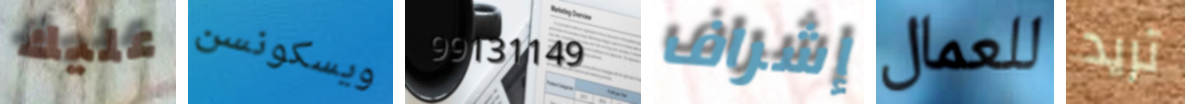
عليك ويسكونسن 99131149 إشراف للعمال تريد